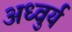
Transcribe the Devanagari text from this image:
अध्वुर्य